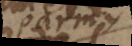
parmy